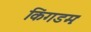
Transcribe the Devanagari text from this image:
किंगडमः